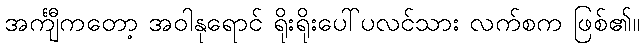
အင်္ကျီကတော့ အဝါနုရောင် ရိုးရိုးပေါ်ပလင်သား လက်စက ဖြစ်၏။